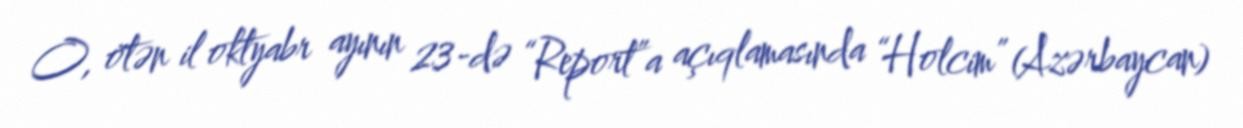
O, ötən il oktyabr ayının 23-də “Report”a açıqlamasında “Holcim” (Azərbaycan)